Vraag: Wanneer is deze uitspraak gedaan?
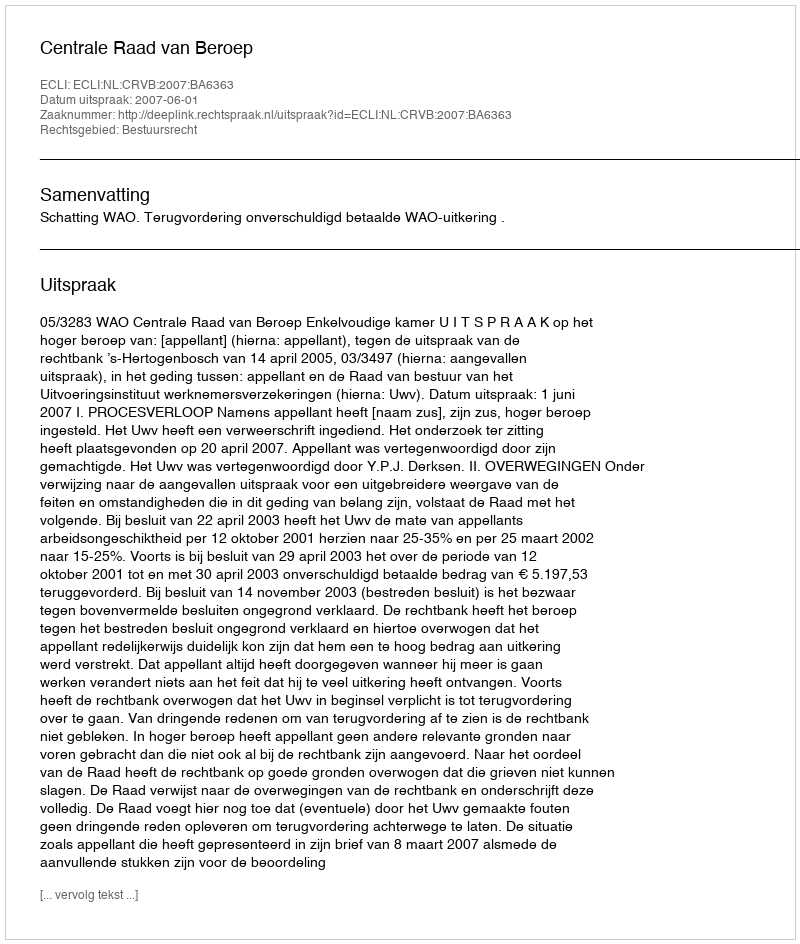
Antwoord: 2007-06-01